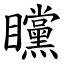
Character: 矘